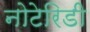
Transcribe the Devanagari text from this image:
नोटेरिडी